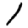
Digit: 1